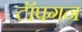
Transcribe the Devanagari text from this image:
टॉपगन